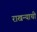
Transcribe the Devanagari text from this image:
राखन्याची